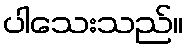
ပါသေးသည်။